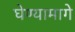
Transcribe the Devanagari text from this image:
घेण्यामागे